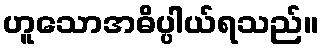
ဟူသောအဓိပ္ပါယ်ရသည်။